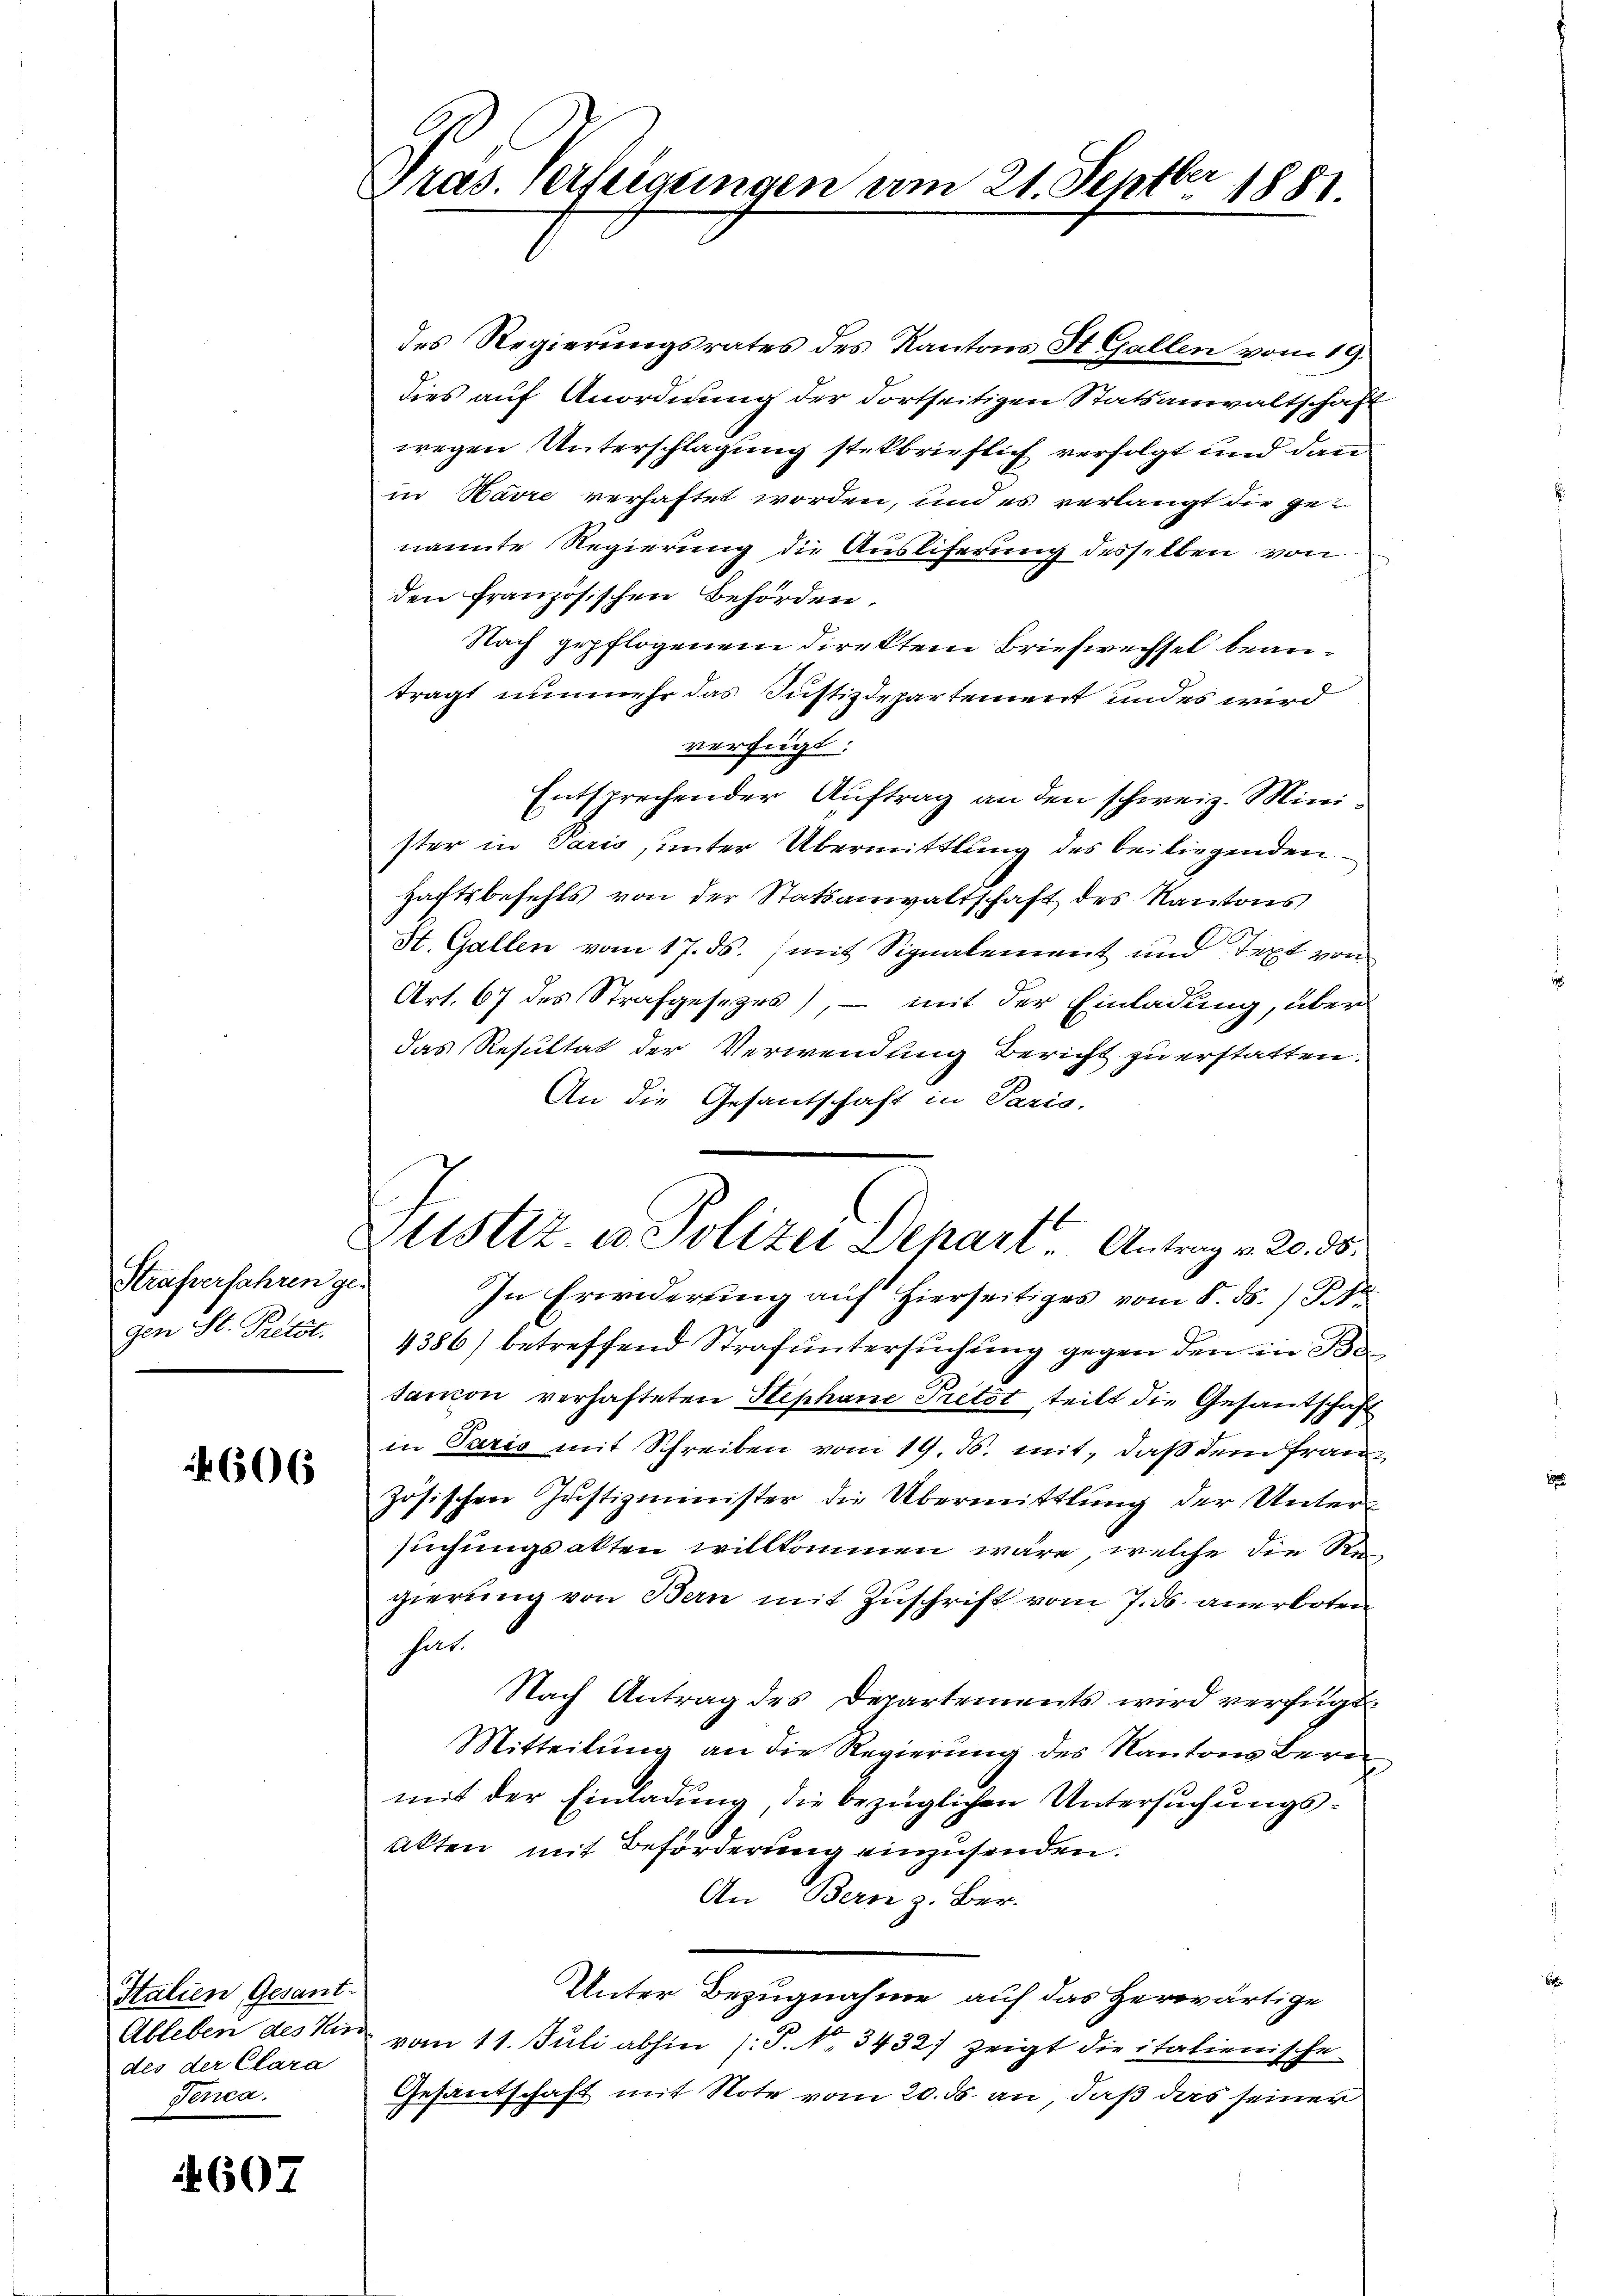
Strafverfahren ge
gen St. Pritzt.

606

Italien, Gesant.
Ableben des Kind
des der Clara
Tenca.

4607

s
Pras. erftigungen am 21. Sept. 1881.

des Regierungsrates des Kantons St. Gallen vom 19.
dies auf Anordnung der dortseitigen Statsanwaltschaft
wegen Unterschlagung stekbrieflich verfolgt und dann
in Havre verhaftet worden, und es verlangt die genannte Regierung die Ausliferung desselben von
den französischen Behörden.
Nach gepflogenem Direkten Briefwechsel beanträgt nunmehr das Justizdepartement und es wird
verfügt:
Entsprechender Auftrag an den schweiz. Minister in Paris, unter Übermittlung des beiliegenden
Haftsbefehls von der Statsanwaltschaft des Kantons
St. Gallen vom 17. ds. mit Signalement und Text von
Art. 67 des Strafgesezes), – mit der Einladung, über
das Resultat der Verwendung Bericht zu erstatten.
An die Gesantschaft in Paris.
In Erwiderŭng auf hierseitiges vom 8. ds. (T.1
4386) betreffend Strafuntersuchung gegen den in Be
tanion verhafteten Stephane Pretst, teilt die Gesandschaft
in Paris mit Schreiben vom 19. J. mit, daß dem Französischen Justizminister die Übermittlung der Unter-
suchungsakten willkommen wäre, welche die Re
gierung von Bern mit Zuschrift vom 7. ds. anerboten
hat.
Nach Antrag des Departements wird verfügt:
Mitteilung an die Regierung des Kantons Bern
mit der Einladung, die bezüglichen Untersuchungs¬
Akten mit Beförderung einzusenden.
An Bern z. Ber
Unter Bezugnahme auf das herwärtige
vom 11. Juli abhin (P. Nr. 3432) zeigt die italienische
Gesandschaft mit Note vom 20. ds. an, daß das seiner

Zustiz & Polizei Dehart. Antrag v. 20. 35.